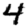
Digit: 4